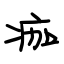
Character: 痂